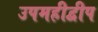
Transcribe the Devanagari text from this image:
उपमहीद्वीप